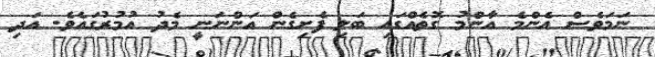
ނަމަވެސް އެންމެ އާންމު ގޮތެއްގައި ބަލި ފެށިގެން އަންނަނީ މެދު އުމުރުގައެވެ. އަދި